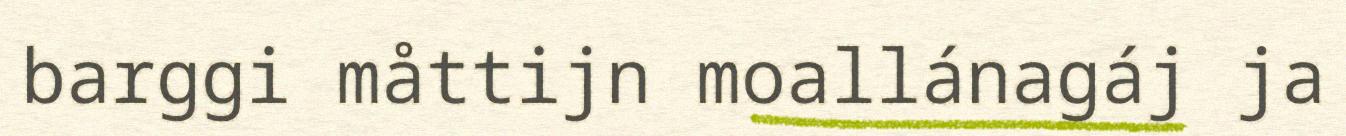
barggi måttijn moallánagáj ja